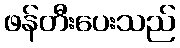
ဖန်တီးပေးသည်